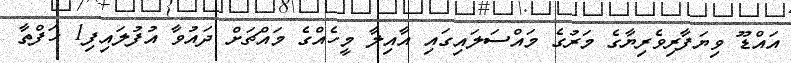
އައްޑޫ ވިޔަފާރިވެރިޔާގެ މަރުގެ މައްސަލައިގައި އާއިލާ މީހެއްގެ މައްޗަށް ދައުވާ އުފުލައިފި1 ހަފްތާ